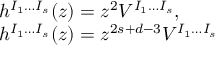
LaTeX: \begin{array} { l } { { h ^ { I _ { 1 } \ldots I _ { s } } ( z ) = z ^ { 2 } V ^ { I _ { 1 } \ldots I _ { s } } , \; \; } } \\ { { h ^ { I _ { 1 } \ldots I _ { s } } ( z ) = z ^ { 2 s + d - 3 } V ^ { I _ { 1 } \ldots I _ { s } } } } \end{array}